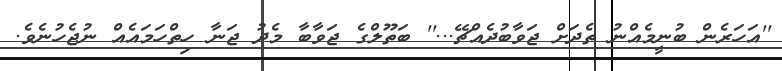
''އަހަރެން ބުނީމެއްނު ތެދަށް ޖަވާބުދެއްޗޭ...'' ބަތޫލްގެ ޖަވާބާ މެދު ޖަނާ ހިތްހަމައެއް ނުޖެހުނެވެ.